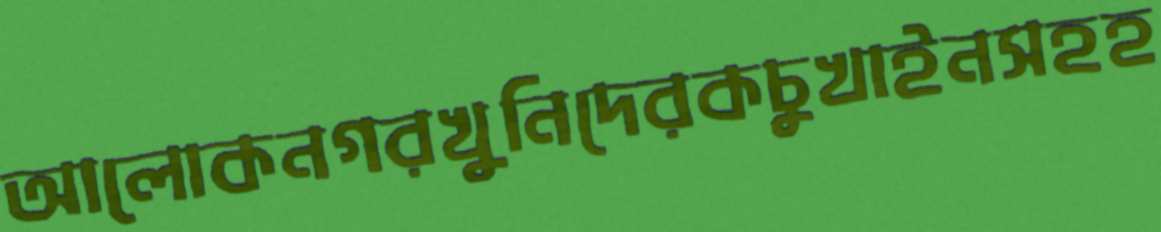
আলোকনগরখুনিদেরকচুখাইনসহহ